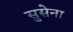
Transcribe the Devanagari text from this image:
सुसेना